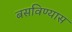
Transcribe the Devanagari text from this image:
बसविण्यास